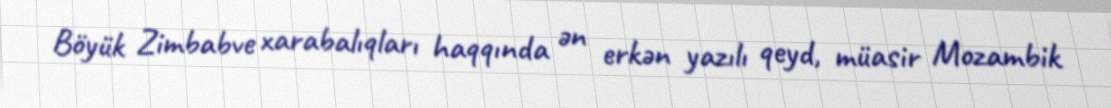
Böyük Zimbabve xarabalıqları haqqında ən erkən yazılı qeyd, müasir Mozambik